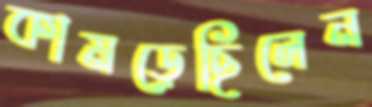
কামড়েছিলেন